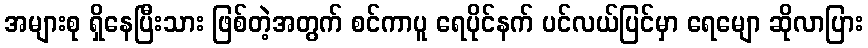
အများစု ရှိနေပြီးသား ဖြစ်တဲ့အတွက် စင်ကာပူ ရေပိုင်နက် ပင်လယ်ပြင်မှာ ရေမျော ဆိုလာပြား